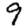
Digit: 9